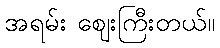
အရမ်း ဈေးကြီးတယ်။